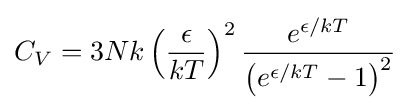
C_{V}=3Nk\left({\epsilon  \over kT}\right)^{2}{e^{\epsilon /kT} \over \left(e^{\epsilon /kT}-1\right)^{2}}